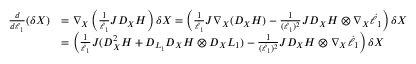
\begin{array} { r l } { \frac { d } { d \ell _ { 1 } } ( \delta X ) } & { = \nabla _ { X } \left( \frac { 1 } { \dot { \ell } _ { 1 } } J D _ { X } H \right) \delta X = \left( \frac { 1 } { \dot { \ell } _ { 1 } } J \nabla _ { X } ( D _ { X } H ) - \frac { 1 } { ( \dot { \ell } _ { 1 } ) ^ { 2 } } J D _ { X } H \otimes \nabla _ { X } \dot { \ell } _ { 1 } \right) \delta X } \\ & { = \left( \frac { 1 } { \dot { \ell } _ { 1 } } J ( D _ { X } ^ { 2 } H + D _ { L _ { 1 } } D _ { X } H \otimes D _ { X } L _ { 1 } ) - \frac { 1 } { ( \dot { \ell } _ { 1 } ) ^ { 2 } } J D _ { X } H \otimes \nabla _ { X } \dot { \ell } _ { 1 } \right) \delta X } \end{array}